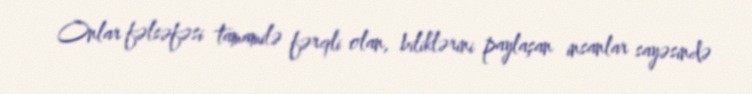
Onlar fəlsəfəsi tamamilə fərqli olan, biliklərini paylaşan insanlar sayəsində